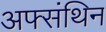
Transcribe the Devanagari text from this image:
अफ्संथिन